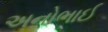
અનોભાઈ